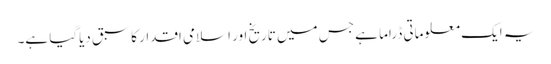
یہ ایک معلوماتی ڈراما ہے جس میں تاریخ اور اسلامی اقدار کا سبق دیاگیا ہے۔